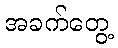
အခက်တွေ့